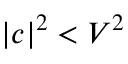
| c | ^ { 2 } < V ^ { 2 }